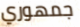
جمهوري